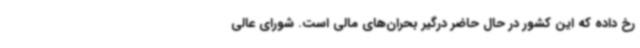
رخ داده که این کشور در حال حاضر درگیر بحران‌های مالی است. شورای عالی